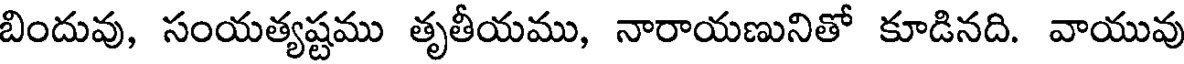
బిందువు, సంయత్యష్టము తృతీయము, నారాయణునితో కూడినది. వాయువు